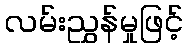
လမ်းညွှန်မှုဖြင့်